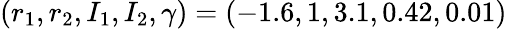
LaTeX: (r_{1},r_{2},I_{1},I_{2},\gamma)=(-1.6,1,3.1,0.42,0.01)